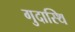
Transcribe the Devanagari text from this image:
गुदास्थि